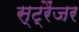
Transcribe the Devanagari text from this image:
स्ट्रैंजर